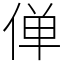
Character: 𫢸